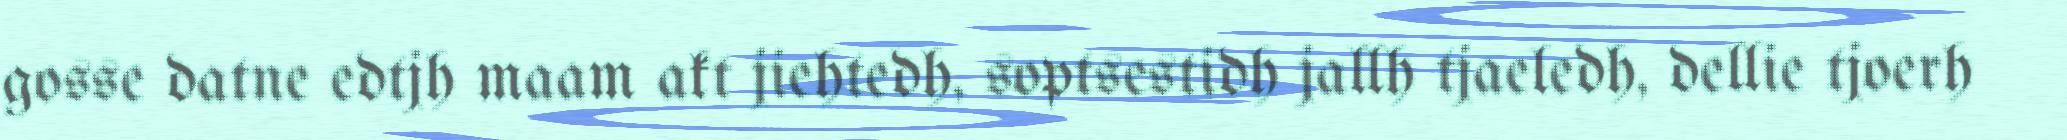
gosse datne edtjh maam akt jiehtedh, soptsestidh jallh tjaeledh, dellie tjoerh